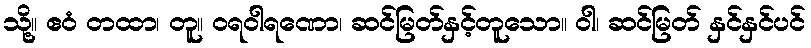
သို့။ ဧဝံ တထာ၊ တူ။ ဝရဝါရဏော၊ ဆင်မြတ်နှင့်တူသော။ ဝါ၊ ဆင်မြတ် နှင်နှင်ပင်